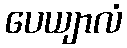
ပေယျာလံ